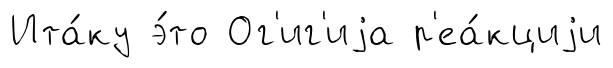
Ита́ку э́то Ог'иг'иjа р'еа́кциjи